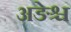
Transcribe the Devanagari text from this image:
अङेश्च